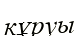
кұруы